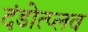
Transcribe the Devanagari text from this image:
दंडोत्प्लव